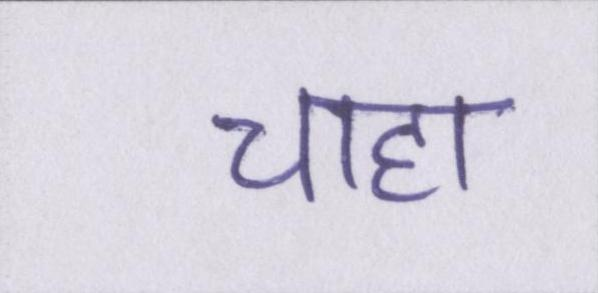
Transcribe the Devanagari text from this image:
चाहा